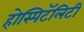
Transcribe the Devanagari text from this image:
होस्पिटॅलिटी